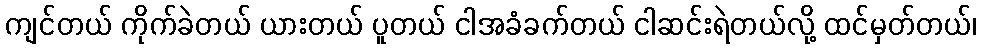
ကျင်တယ် ကိုက်ခဲတယ် ယားတယ် ပူတယ် ငါအခံခက်တယ် ငါဆင်းရဲတယ်လို့ ထင်မှတ်တယ်၊